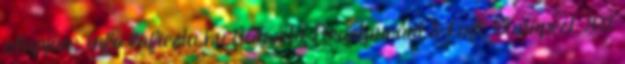
alapján: info lafiesta.hu Biarritz Reastaurant & Café Budapest 20%